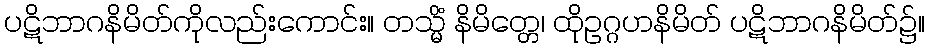
ပဋိဘာဂနိမိတ်ကိုလည်းကောင်း။ တသ္မိံ နိမိတ္တေ၊ ထိုဥဂ္ဂဟနိမိတ် ပဋိဘာဂနိမိတ်၌။